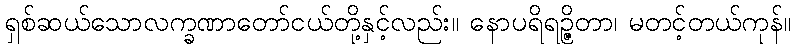
ရှစ်ဆယ်သောလက္ခဏာတော်ငယ်တို့နှင့်လည်း။ နောပရိရဉ္ဇိတာ၊ မတင့်တယ်ကုန်။